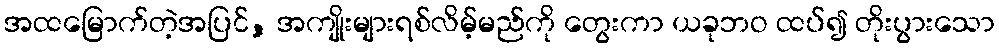
အထမြောက်တဲ့အပြင်, အကျိုးများရစ်လိမ့်မည်ကို တွေးကာ ယခုဘဝ ထပ်၍ တိုးပွားသော